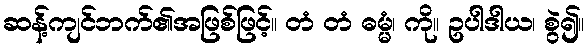
ဆန့်ကျင်ဘက်၏အဖြစ်ဖြင့်။ တံ တံ ဓမ္မံ၊ ကို။ ဥပါဒါယ၊ စွဲ၍။